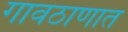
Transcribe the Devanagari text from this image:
गावठाणात